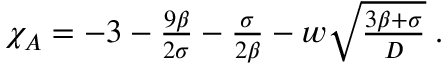
\begin{array} { r } { \chi _ { A } = - 3 - \frac { 9 \beta } { 2 \sigma } - \frac { \sigma } { 2 \beta } - w \sqrt { \frac { 3 \beta + \sigma } { D } } \; . } \end{array}